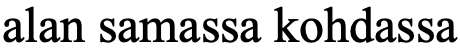
alan samassa kohdassa